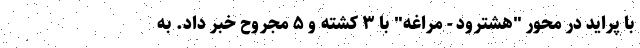
با پراید در محور "هشترود - مراغه" با ۳ کشته و ۵ مجروح خبر داد. به